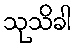
သုသိခါ